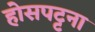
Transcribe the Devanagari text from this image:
होसपट्टना